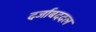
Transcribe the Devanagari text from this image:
दर्जाबददल